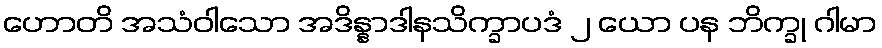
ဟောတိ အသံဝါသော အဒိန္နာဒါနသိက္ခာပဒံ ၂ ယော ပန ဘိက္ခု ဂါမာ